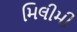
મિલીમી